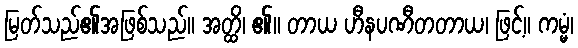
မြတ်သည်၏အဖြစ်သည်။ အတ္ထိ၊ ၏။ တာယ ဟီနပဏီတတာယ၊ ဖြင့်။ ကမ္မံ၊